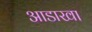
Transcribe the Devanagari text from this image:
आडाखा